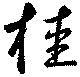
桂